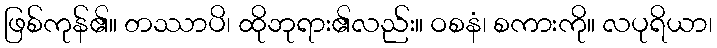
ဖြစ်ကုန်၏။ တဿာပိ၊ ထိုဘုရား၏လည်း။ ဝစနံ၊ စကားကို။ လပုရိယာ၊